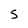
Character: S